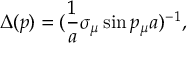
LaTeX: \Delta ( p ) = ( \frac { 1 } { a } \sigma _ { \mu } \sin p _ { \mu } a ) ^ { - 1 } ,